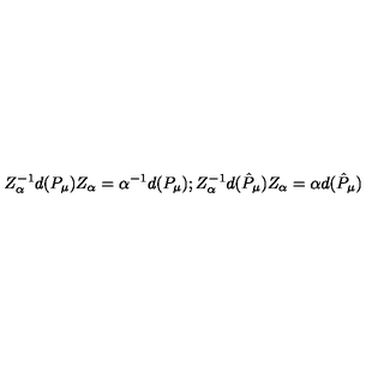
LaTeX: Z _ { \alpha } ^ { - 1 } d ( P _ { \mu } ) Z _ { \alpha } = \alpha ^ { - 1 } d ( P _ { \mu } ) ; Z _ { \alpha } ^ { - 1 } d ( \hat { P } _ { \mu } ) Z _ { \alpha } = \alpha d ( \hat { P } _ { \mu } )